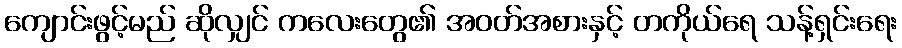
ကျောင်းဖွင့်မည် ဆိုလျှင် ကလေးတွေ၏ အဝတ်အစားနှင့် တကိုယ်ရေ သန့်ရှင်းရေး